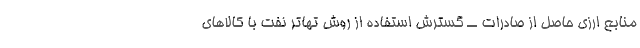
منابع ارزی حاصل از صادرات ــ گسترش استفاده از روش تهاتر نفت با کالاهای